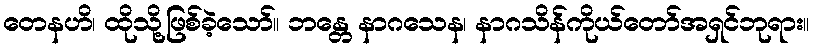
တေနဟိ၊ ထိုသို့ဖြစ်ခဲ့သော်။ ဘန္တေ နာဂသေန၊ နာဂသိန်ကိုယ်တော်အရှင်ဘုရား။